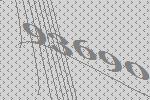
93690